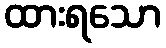
ထားရသော